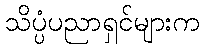
သိပ္ပံပညာရှင်များက